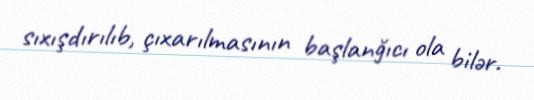
sıxışdırılıb, çıxarılmasının başlanğıcı ola bilər.